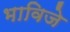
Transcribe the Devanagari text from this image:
भाविजे